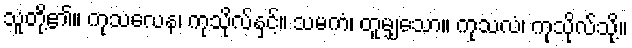
သူတို့၏။ ကုသလေန၊ ကုသိုလ်နှင့်။ သမကံ၊ တူမျှသော။ ကုသလံ၊ ကုသိုလ်သို့။